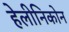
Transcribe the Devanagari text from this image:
हेलीनिकोन